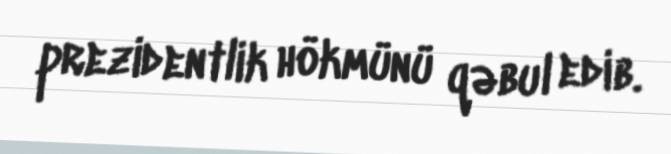
prezidentlik hökmünü qəbul edib.